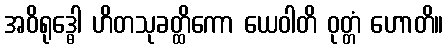
အဝိရုဒ္ဓေါ ဟိတသုခတ္ထိကော ယေဝါတိ ဝုတ္တံ ဟောတိ။